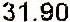
31.90